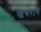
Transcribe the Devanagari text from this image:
खेचराय